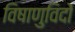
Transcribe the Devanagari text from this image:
विषाणुविदों